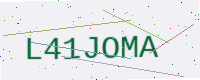
Text: L41JOMA